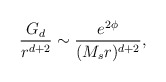
\begin{align*}{G_d \over r^{d+2}} \sim {e^{2\phi} \over (M_s r)^{d+2}},\end{align*}